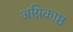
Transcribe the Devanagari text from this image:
अग्निकाष्ठ